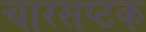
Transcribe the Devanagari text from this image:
चारसप्टक